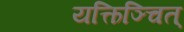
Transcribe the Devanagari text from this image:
यत्किञ्चित्